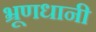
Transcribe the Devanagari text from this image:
भ्रूणधानी